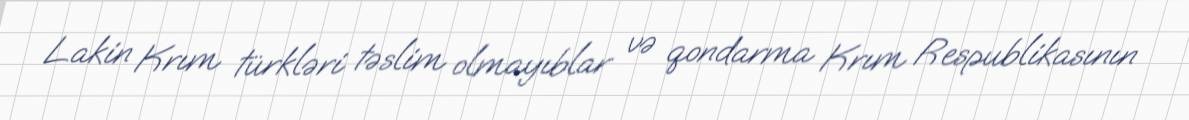
Lakin Krım türkləri təslim olmayıblar və qondarma Krım Respublikasının